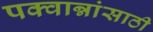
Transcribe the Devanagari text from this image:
पक्वान्नांसाठी